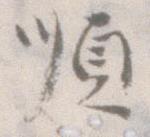
順